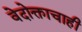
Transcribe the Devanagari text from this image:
वेदोक्ताचाही